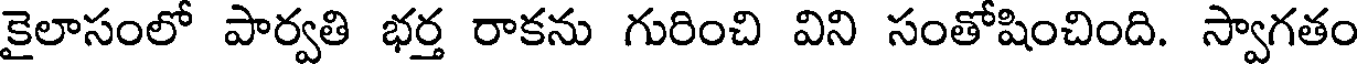
కైలాసంలో పార్వతి భర్త రాకను గురించి విని సంతోషించింది. స్వాగతం